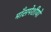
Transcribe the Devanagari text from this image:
माँसपेशीयों